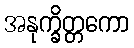
အနုက္ခိတ္တကော